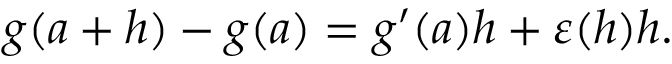
g ( a + h ) - g ( a ) = g ^ { \prime } ( a ) h + \varepsilon ( h ) h .